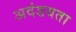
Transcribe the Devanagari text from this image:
अदंडयता